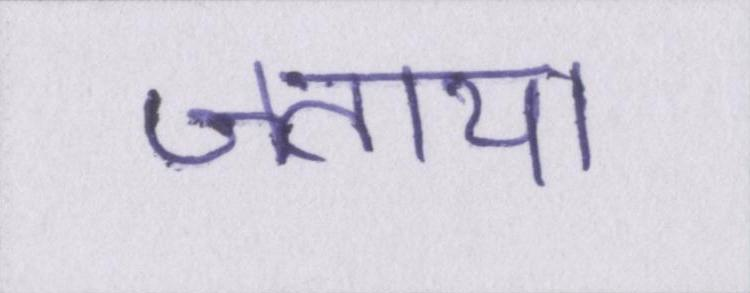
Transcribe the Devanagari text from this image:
जताया